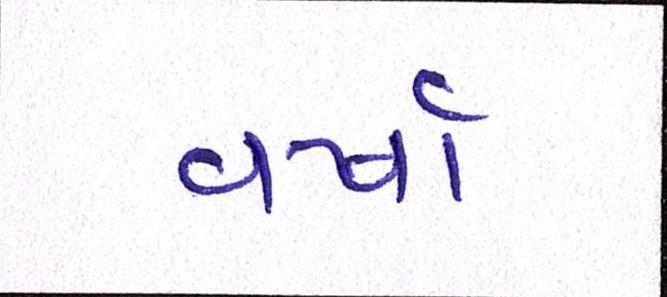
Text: વર્ષા